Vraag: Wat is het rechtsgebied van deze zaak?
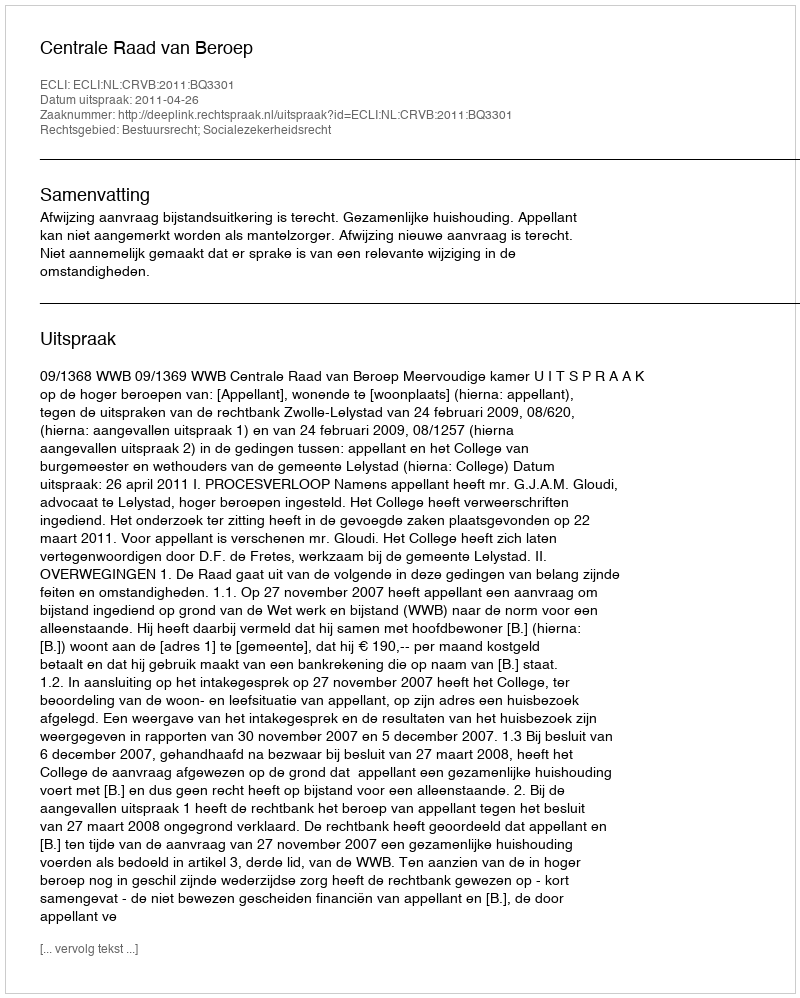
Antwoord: Bestuursrecht; Socialezekerheidsrecht